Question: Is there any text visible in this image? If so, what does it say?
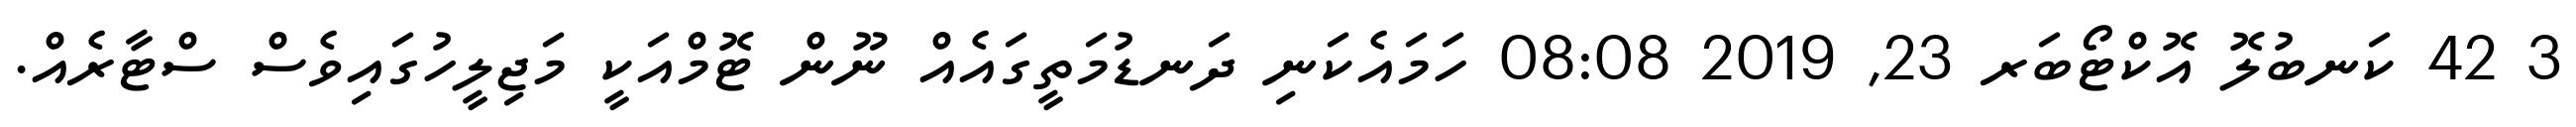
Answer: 3 42 ކަނބުލޮ އޮކްޓޯބަރ 23, 2019 08:08 ހަމައެކަނި ދަނޑުމަތީގައެއް ނޫން ޓޮމްއަކީ މަޖިލީހުގައިވެސް ސްޓާރެއް.